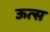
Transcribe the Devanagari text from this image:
ऊत्स